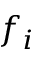
f _ { i }